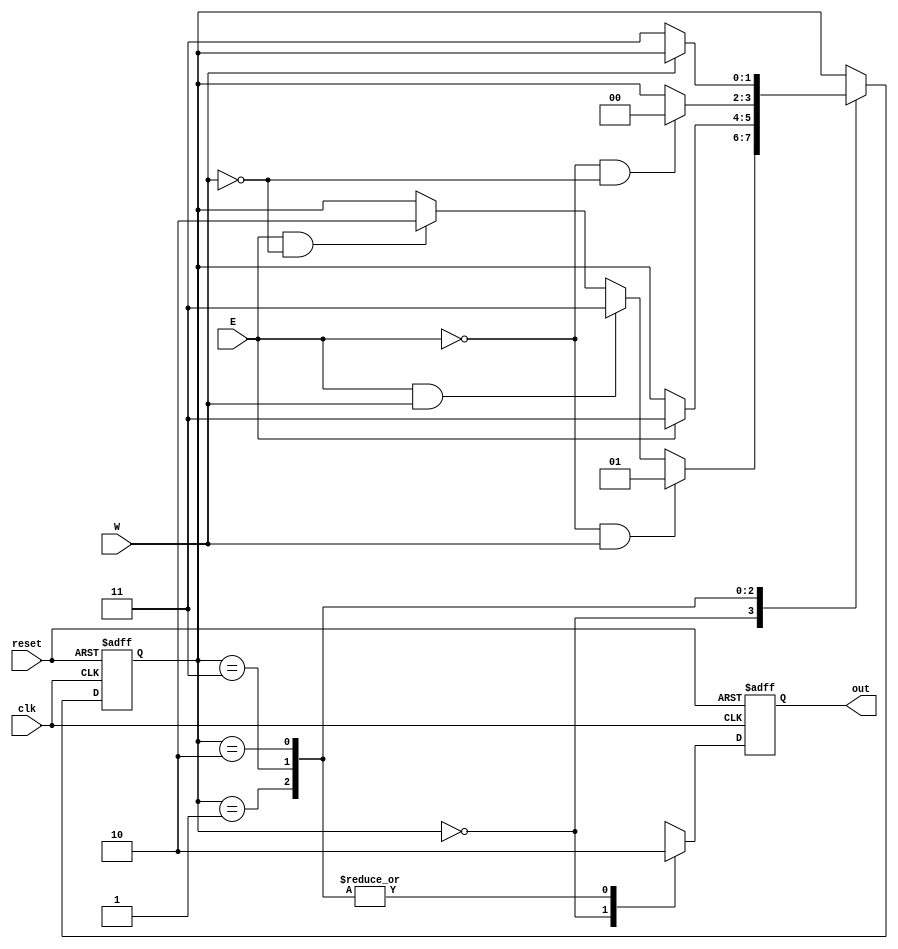
module FSM_behav(out, reset, E, W, clk); //Case statement needed
	input E, W, clk, reset;
	output out;
	reg z;

	reg [1:0] State;
	localparam [1:0]
		S0 = 2'b00,
		S1 = 2'b01,
		S2 = 2'b11,
		S3 = 2'b10;
	

	always@(posedge clk, posedge reset)
	begin
		if(reset)
		begin
			z <= 0;
			
			State <= S0;
		end
		
		else
		begin
			case(State)
				S0:
				begin
					z = 1;

					if(~E && W)
						State <= S1;
					else if (E && W)
						State <= S2;
					else if (E && ~W)
						State <= S3;
				end
				S1:
				begin
					z = 0;
					if(E)
						State <= S2;
				end
				S2:
				begin
					z = 0;
					if(~E && ~W)
						State <= S0;
				end
				S3:
				begin
					z = 0;
					if(~W)
						State <= S2;
				end
			endcase
		end
	end

	assign out = z;
	
endmodule

module FSM_behav_test;
	reg E, W, Clk, reset;

	FSM_behav F1(Out, reset, E, W, Clk);


	initial
	begin
		reset= 1;
		Clk = 0;
		E = 0;
		W= 0;
		
		#6 reset = 0;

		#2 W = 1; //go from State 0 to State 1

		#10 E = 1; //go from State 1 to State 2

		#10 E = 0; //go from State 2 to State 0
			 W = 0;

		#10 E = 1; //go from State 0 to State 3
		
		#10 W = 0; //go from State 3 to State 2
		
		#10 E = 0; //go from State 2 to State 0

		#20 $finish();
	end
	
	always
		#5 Clk = ~Clk;
endmodule